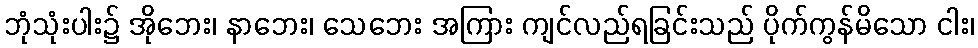
ဘုံသုံးပါး၌ အိုဘေး၊ နာဘေး၊ သေဘေး အကြား ကျင်လည်ရခြင်းသည် ပိုက်ကွန်မိသော ငါး၊